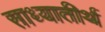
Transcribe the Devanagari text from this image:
साध्यातीर्थ